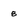
Character: 8